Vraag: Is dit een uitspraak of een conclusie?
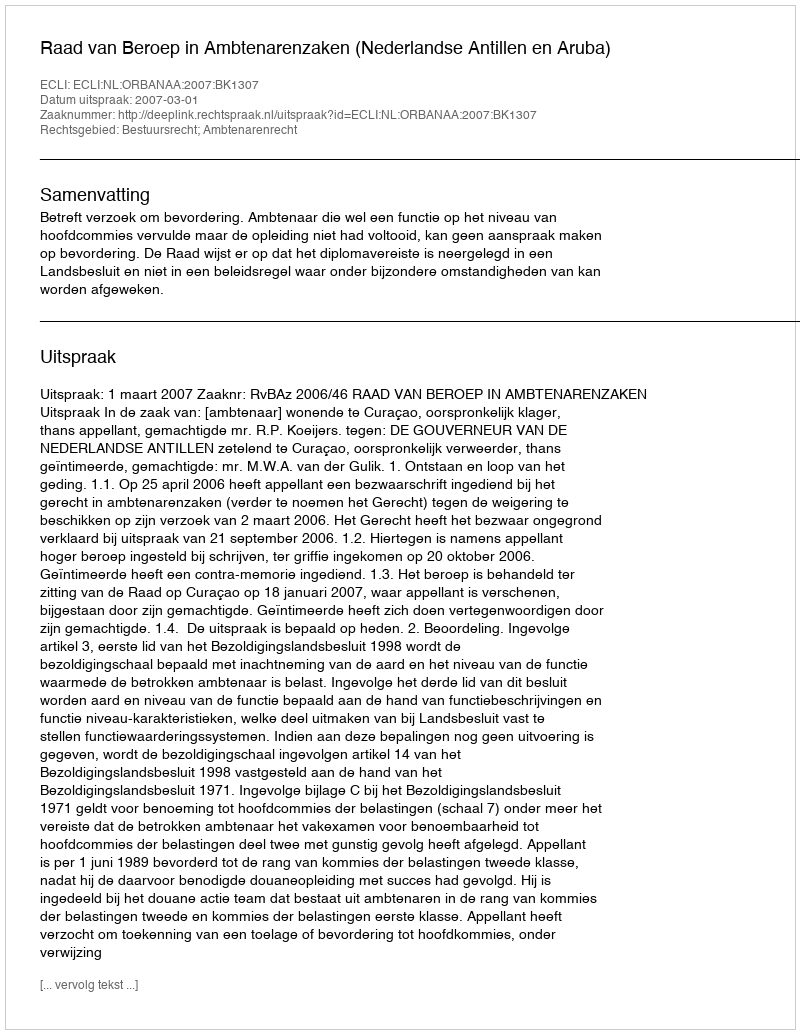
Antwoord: Uitspraak